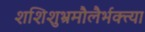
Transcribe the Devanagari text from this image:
शशिशुभ्रमौलैर्भक्त्या